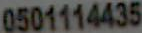
0501114435